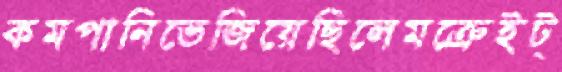
কমপানিভেজিয়েছিলেমক্রেইট্